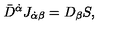
\bar { D } ^ { \dot { \alpha } } J _ { \dot { \alpha } \beta } = D _ { \beta } S ,